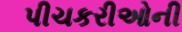
પીચકરીઓની